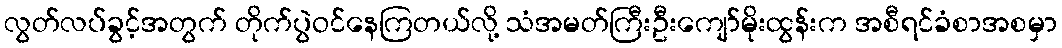
လွတ်လပ်ခွင့်အတွက် တိုက်ပွဲဝင်နေကြတယ်လို့ သံအမတ်ကြီးဦးကျော်မိုးထွန်းက အစီရင်ခံစာအစမှာ